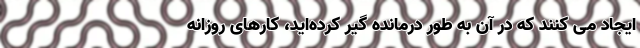
ایجاد می ‌کنند که در آن به‌ طور درمانده گیر کرده‌اید، کارهای روزانه